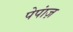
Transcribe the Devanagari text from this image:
पेपांज़